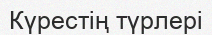
Күрестің түрлері